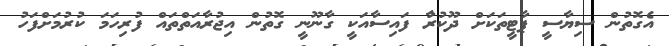
އެގޮތުން ސިޔާސީ ޕާޓީތަކަށް ދޫކުރުާ ފައިސާއަކީ ގާނޫނީ ގޮތުން އިޖުރާއަތްތައް ފުރިހަމަ ކުރުމަށްފަހު